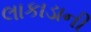
લાકાડાની